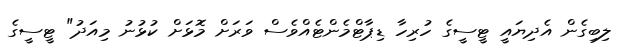
ލިބިގެން އެދިޔައީ ޓީސީގެ ހުރިހާ ޑިޕާޓްމެންޓެއްވެސް ވަރަށް މޮޅަށް ކުޅުނު މިއަދު" ޓީސީގެ